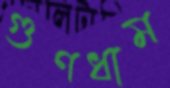
গুণধাম